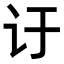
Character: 𬣙